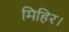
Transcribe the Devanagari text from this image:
मिहिर।